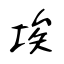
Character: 埃